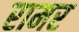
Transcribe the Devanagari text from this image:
रामर